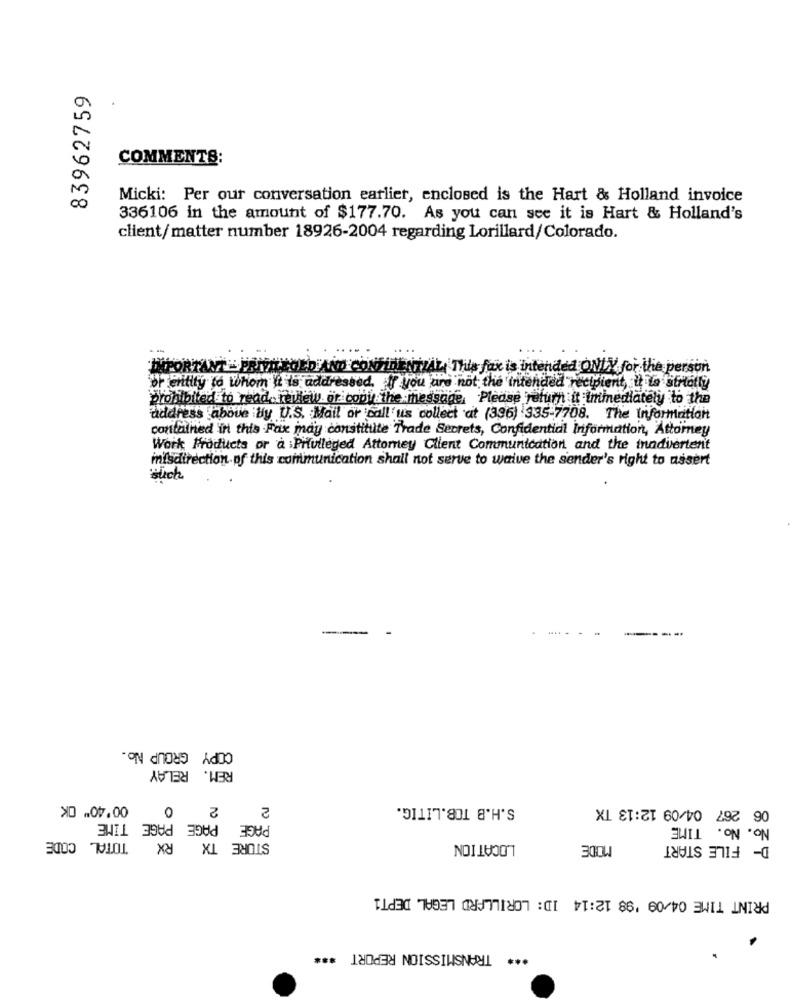
83962759
COMMENTS:
Micki: Per our conversation earlier, enclosed is the Hart & Holland invoice
336106 in the amount of $177.70. As you can see it is Hart & Holland's
client/matter number 18926-2004 regarding Lorillard/Colorado.
TE PRYTHEBOLD AND CONFIDENTIAL This fax is intended ONLY for the person
or entity to whom it is addressed. If you are not the intended recipient, it La strictly
prohibited to read review or copy the message, Please return it immediately to the
address above tiy U.S. Mail or call us collect at (396) 335-7708. The Information
contained in this Fax may constitute Trade Secrets, Confidential Information, Attorney
Work Products or a :Privileged Attorney Client Communication and the inadvertent
misdirection of this communication shall not serve to waive the sender's right to assert
Such
-
COPY GROUP No.
REM. RELAY
00'40" OK
0
2
2
S.H.B TOB.LITIG.
06 267 04/09 12:13 TX
PAGE PAGE PAGE TIME
No. No. TIME
TOTAL CODE
RX
STORE TX
LOCATION
MODE
D- FILE START
PRINT TIME 04/09 '98 12:14 ID: LORILLARD LEGAL DEPT1
*** TRANSMISSION REPORT ***